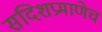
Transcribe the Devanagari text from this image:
सदिशप्रमाणेच